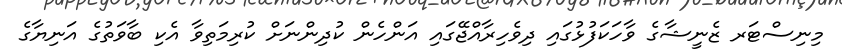
މިނިސްޓަރ ޒެނީޝާގެ ވާހަކަފުޅުގައި ދިވެހިރާއްޖޭގައި އަންހެން ކުދިންނަށް ކުރިމަތިވާ އެކި ބާވަތުގެ އަނިޔާގެ